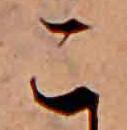
こ